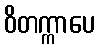
ဝိတက္ကာပေ